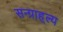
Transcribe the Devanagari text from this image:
सन्ग्राह्ल्य